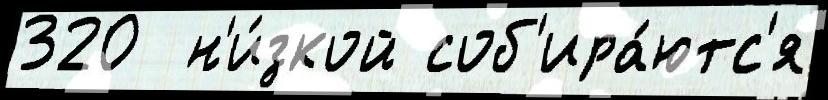
320  н'и́зкой соб'ира́ютс'я